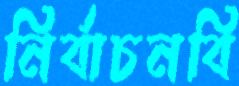
নির্বাচনবি